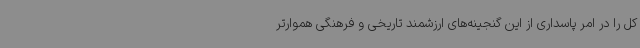
کل را در امر پاسداری از این گنجینه‌های ارزشمند تاریخی و فرهنگی هموارتر